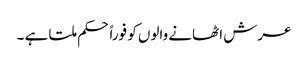
عرش اٹھانے والوں کو فوراً حکم ملتا ہے ۔